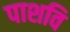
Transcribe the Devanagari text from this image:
पाशवि